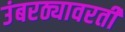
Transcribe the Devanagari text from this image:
उंबरठ्यावरती